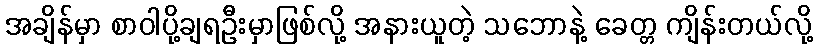
အချိန်မှာ စာဝါပို့ချရဦးမှာဖြစ်လို့ အနားယူတဲ့ သဘောနဲ့ ခေတ္တ ကျိန်းတယ်လို့